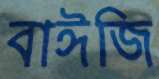
বাঈজি